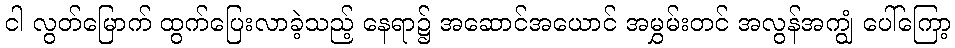
ငါ လွတ်မြောက် ထွက်ပြေးလာခဲ့သည့် နေရာ၌ အဆောင်အယောင် အမွှမ်းတင် အလွန်အကျွံ ပေါ်ကြော့